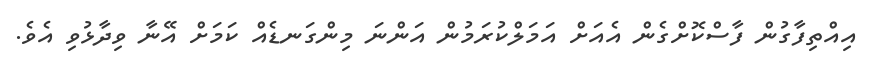
އިއްތިފާގުން ފާސްކޮށްގެން އެއަށް އަމަލްކުރަމުން އަންނަ މިންގަނޑެއް ކަމަށް އޭނާ ވިދާޅުވި އެވެ.